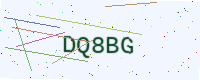
Text: DQ8BG